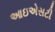
આઇએસટી